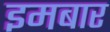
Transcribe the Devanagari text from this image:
इमबार